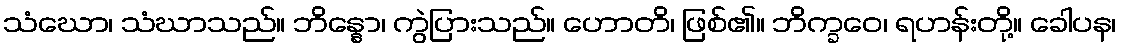
သံဃော၊ သံဃာသည်။ ဘိန္နော၊ ကွဲပြားသည်။ ဟောတိ၊ ဖြစ်၏။ ဘိက္ခဝေ၊ ရဟန်းတို့။ ခေါပန၊